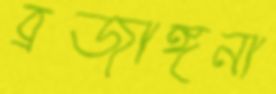
ব্রজাঙ্গনা